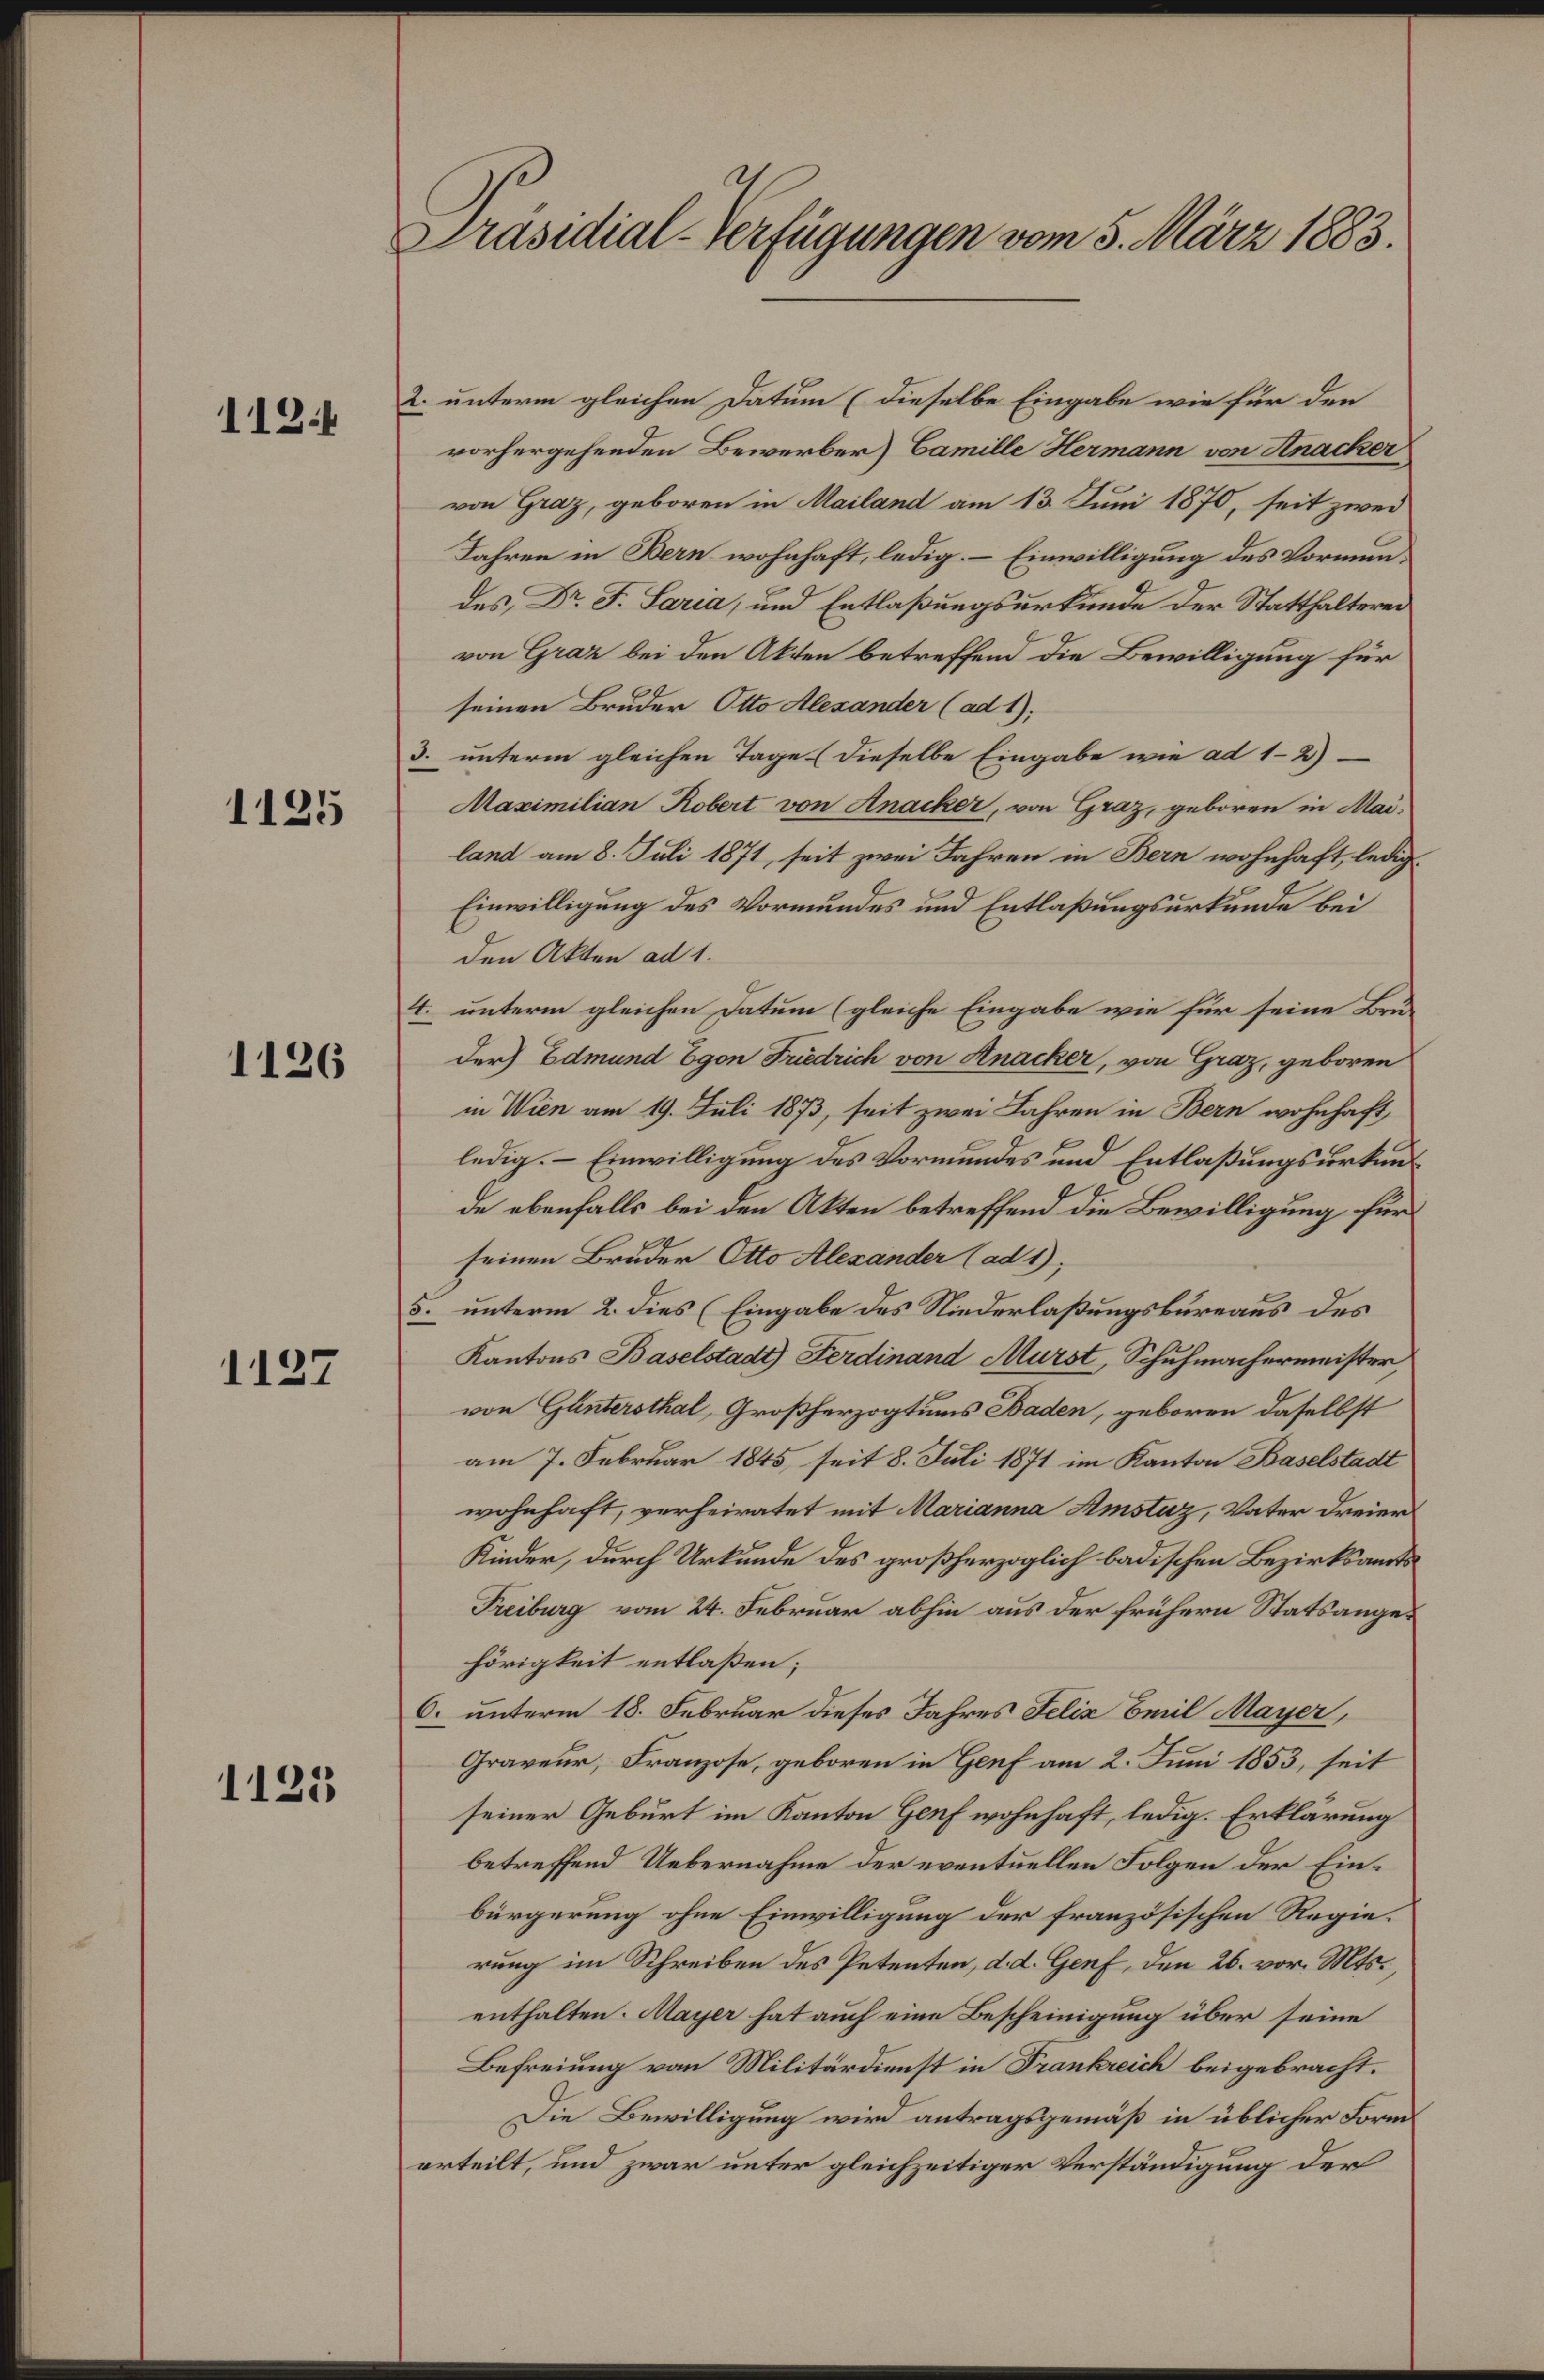
112.

1125

1126

1127

1125

Präsidial-Verfügungen vom 5. März 1883.

2. unterm gleichen Datum (dieselbe Eingabe wie für den
vorhergehenden Bewerber) Camille Hermann von Knacker
von Graz, geboren in Mailand am 13. Juni 1870, seit zwei
Jahren in Bern wohnhaft, ledig. – Einwilligung des Vormundes, Dr. F. Saria, und Entlaßungsurkunde der Statthalterei
von Graz bei den Akten betreffend die Bewilligung für
seinen Bruder Otto Alexander (ad 1);
3. unterm gleichen Tage (dieselbe Eingabe wie ad 1-2)
Maximilian Robert von Anacker, von Graz, geboren in Mai-
land am 8. Juli 1871, seit zwei Jahren in Bern wohnhaft, ledig
Einwilligung des Vormundes und Entlaßungsurkunde bei
den Akten ad 1.
4. unterm gleichen Datum (gleiche Eingabe wie für seine Bru-
der) Edmund Egon Friedrich von Knacker, von Graz, geboren
in Wien am 19. Juli 1873, seit zwei Jahren in Bern wohnhaft,
ledig. – Einwilligung des Vormundes und Entlaßungsurkunde ebenfalls bei den Akten betreffend die Bewilligung für
seinen Bruder Otto Alexander (ad1);
5. unterm 2. dies (Eingabe des Niederlaßungsbureaus des
Kantons Baselstadt) Ferdinand Murst, Schuhmachermeister,
von Guntersthal, Großherzogtums Baden, geboren daselbst
am 7. Februar 1845, seit 8. Juli 1871 im Kanton Baselstadt
wohnhaft, verheiratet mit Marianna Amstuz, Vater dreier
Kinder, durch Urkunde des großherzoglich badischen Bezirksamts¬
Treiburg vom 24. Februar abhin aus der frühern Statsangehörigkeit entlaßen;
6. unterm 18. Februar dieses Jahres Felix Emil Mayer,
Graveur, Franzose, geboren in Genf am 2. Juni 1853, seit
seiner Geburt im Kanton Genf wohnhaft, ledig. Erklärung
betreffend Uebernahme der eventuellen Folgen der Einbürgerung ohne Einwilligung der französischen Regierung im Schreiben des Petenten, d. d. Genf, den 26. vor. Mts.,
enthalten. Mayer hat auch eine Bescheinigung über seine
Befreiung von Militärdienst in Frankreich beigebracht.
Die Bewilligung wird antragsgemäß in üblicher Form
erteilt, und zwar unter gleichzeitiger Verständigung der